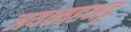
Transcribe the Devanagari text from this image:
जयन्तहभट्ट